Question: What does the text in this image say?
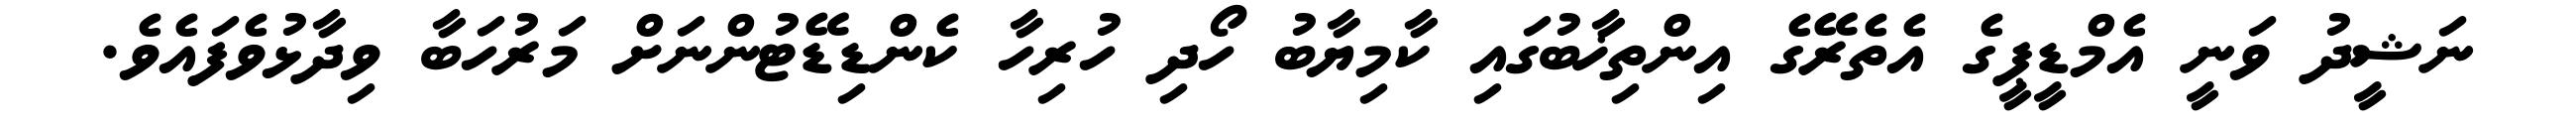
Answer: ނަޝީދު ވަނީ އެމްޑީޕީގެ އެތެރޭގެ އިންތިޚާބުގައި ކާމިޔާބު ހޯދި ހުރިހާ ކެންޑިޑޭޓުންނަށް މަރުހަބާ ވިދާޅުވެފައެވެ.